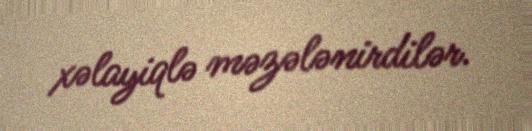
xəlayiqlə məzələnirdilər.